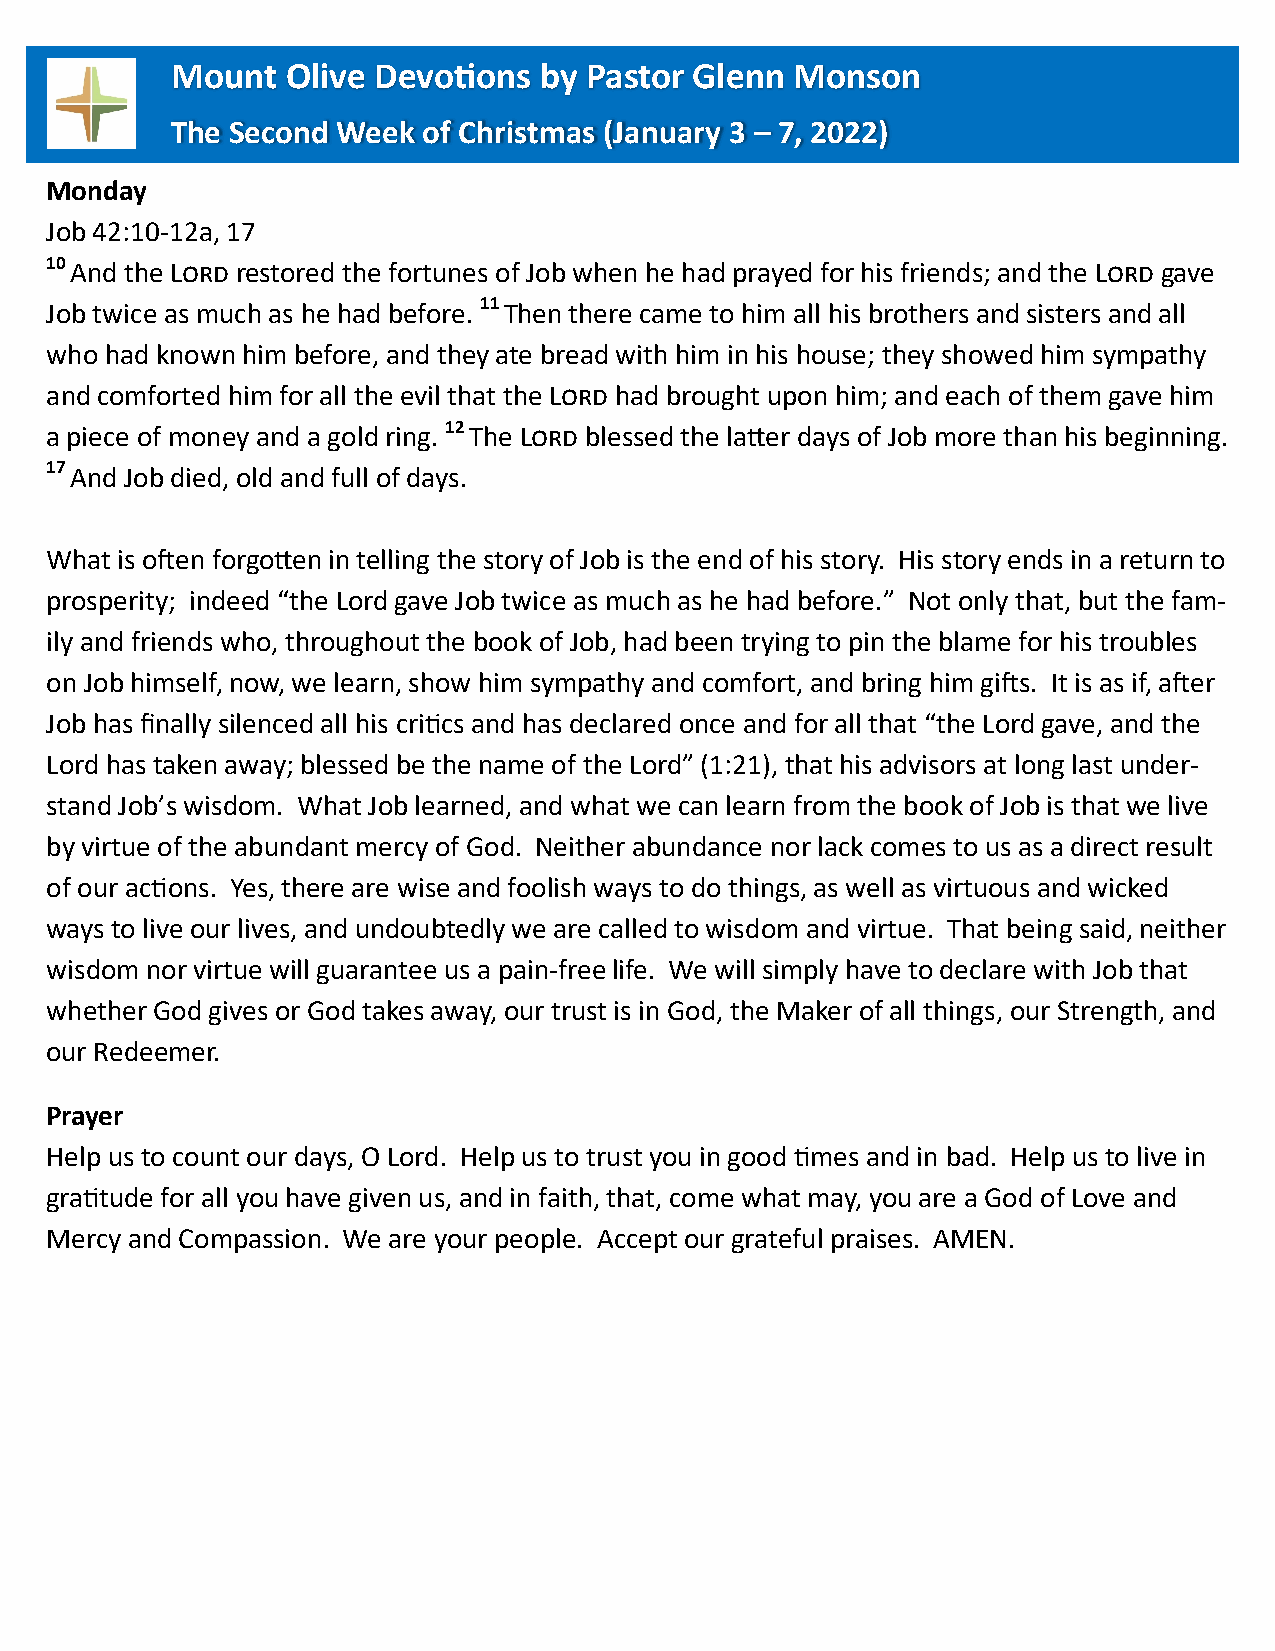
Mount   Olive Devotions  by Pastor Glenn  Monson
 The Second Week  of Christmas (January 3 – 7, 2022)
 Monday
 Job 42:10-12a, 17
 10 And the Lord restored the fortunes of Job when he had prayed for his friends; and the Lord gave
 Job twice as much as he had before. 11 Then there came to him all his brothers and sisters and all
 who had known him before, and they ate bread with him in his house; they showed him sympathy
 and comforted him for all the evil that the Lord had brought upon him; and each of them gave him
 a piece of money and a gold ring. 12 The Lord blessed the latter days of Job more than his beginning.
 17 And Job died, old and full of days.
 What is often forgotten in telling the story of Job is the end of his story. His story ends in a return to
 prosperity; indeed “the Lord gave Job twice as much as he had before.” Not only that, but the fam-
 ily and friends who, throughout the book of Job, had been trying to pin the blame for his troubles
 on Job himself, now, we learn, show him sympathy and comfort, and bring him gifts. It is as if, after
 Job has finally silenced all his critics and has declared once and for all that “the Lord gave, and the
 Lord has taken away; blessed be the name of the Lord” (1:21), that his advisors at long last under-
 stand Job’s wisdom. What Job learned, and what we can learn from the book of Job is that we live
 by virtue of the abundant mercy of God. Neither abundance nor lack comes to us as a direct result
 of our actions. Yes, there are wise and foolish ways to do things, as well as virtuous and wicked
 ways to live our lives, and undoubtedly we are called to wisdom and virtue. That being said, neither
 wisdom nor virtue will guarantee us a pain-free life. We will simply have to declare with Job that
 whether God gives or God takes away, our trust is in God, the Maker of all things, our Strength, and
 our Redeemer.
 Prayer
 Help us to count our days, O Lord. Help us to trust you in good times and in bad. Help us to live in
 gratitude for all you have given us, and in faith, that, come what may, you are a God of Love and
 Mercy and Compassion. We are your people. Accept our grateful praises. AMEN.